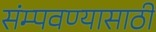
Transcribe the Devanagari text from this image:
संम्पवण्यासाठी